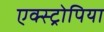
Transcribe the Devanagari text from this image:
एक्स्ट्रोपिया